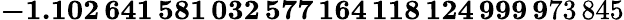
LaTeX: \mathbf{-1.102\, 641\, 581\, 032\, 577\, 164\, 118\, 124\, 999\, 9}73\, 845